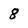
Character: 8